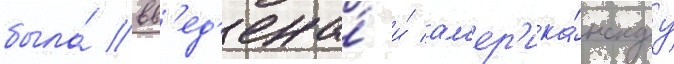
была́ вв'ед'ена́ и́ ам'ер'ика́нскуу